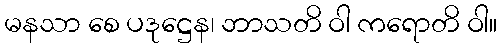
မနသာ စေ ပဒုဋ္ဌေန၊ ဘာသတိ ဝါ ကရောတိ ဝါ။